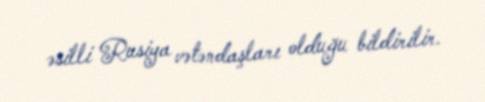
əsilli Rusiya vətəndaşları olduğu bildirilir.